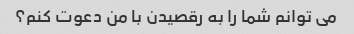
می توانم شما را به رقصیدن با من دعوت کنم؟